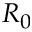
R _ { 0 }